Civil Veterinary Dept. Bombay admin report 1893-99 - 1893-1899
Year: 1893
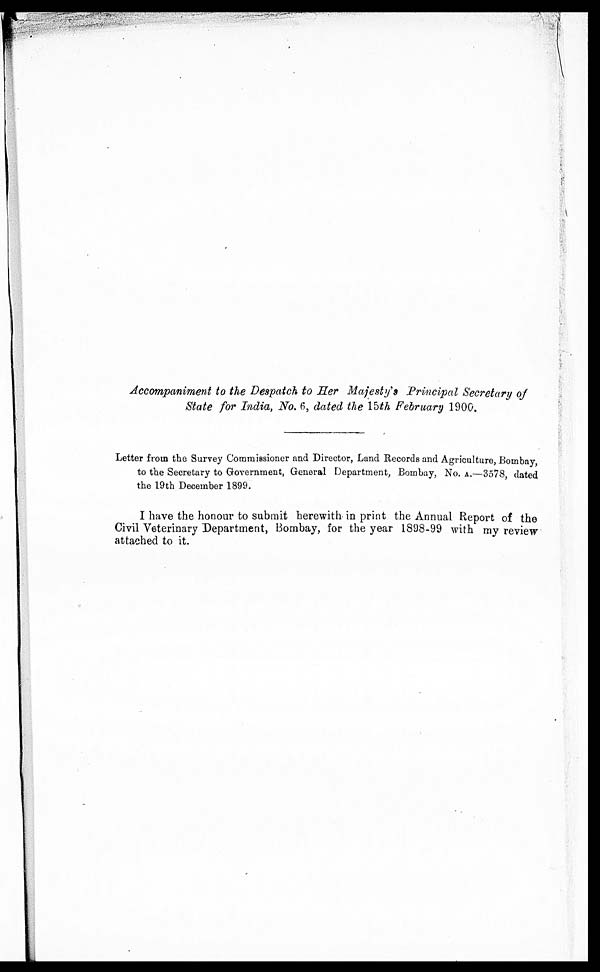
Accompaniment to the Despatch to Her Majesty's Principal Secretary of
State for India, No. 6, dated the 15th February 1900.
Letter from the Survey Commissioner and Director, Land Records and Agriculture, Bombay
to the Secretary to Government, General Department, Bombay, No. A.—3578 dated
the 19th December 1899.
I have the honour to submit herewith in print the Annual Report of the
Civil Veterinary Department, Bombay, for the year 1898-99 with my review
attached to it.